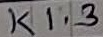
Text: K1.3